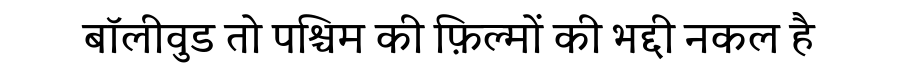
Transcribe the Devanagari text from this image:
बॉलीवुड तो पश्चिम की फ़िल्मों की भद्दी नकल है